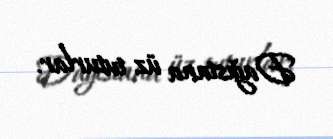
Dağıstana üz tuturlar.